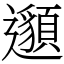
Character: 𨘷